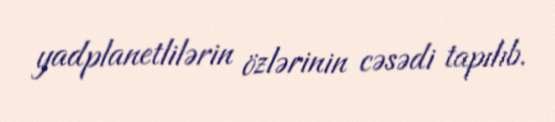
yadplanetlilərin özlərinin cəsədi tapılıb.